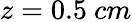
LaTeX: z=0.5~{cm}